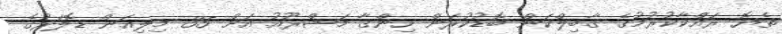
ތެޔޮ ރައްކާކުރުމުގެ ގާބިލްކަން ބޮޑުކުރަން ހިންގާ މަޝްރޫއު އަށް 35 މިލިއަން ޑޮލަރުގެ